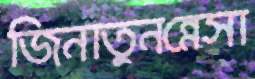
জিনাতুনন্নেসা